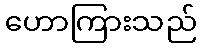
ဟောကြားသည်